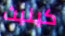
كينيث